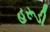
હરૂડી